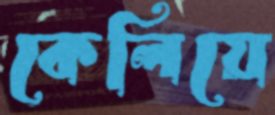
কেলিয়ে